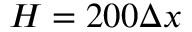
H = 2 0 0 \Delta x